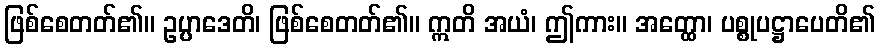
ဖြစ်စေတတ်၏။ ဥပ္ပာဒေတိ၊ ဖြစ်စေတတ်၏။ ဣတိ အယံ၊ ဤကား။ အတ္ထော၊ ပစ္စုပဋ္ဌာပေတိ၏